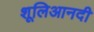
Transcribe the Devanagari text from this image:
शूलिआनदी